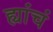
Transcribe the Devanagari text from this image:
ह्यांचं